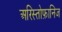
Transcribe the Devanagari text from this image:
अरिस्तोफ़ानिज